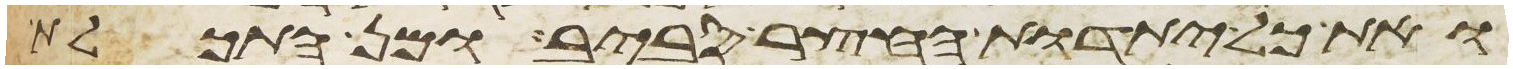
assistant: ואת כל יתדות החצר סביב ומן התכלת